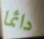
دائما